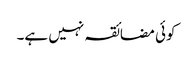
کوئی مضائقہ نہیں ہے۔